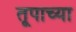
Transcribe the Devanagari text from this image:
तूपाच्या